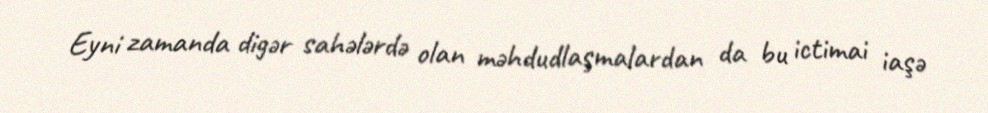
Eyni zamanda digər sahələrdə olan məhdudlaşmalardan da bu ictimai iaşə